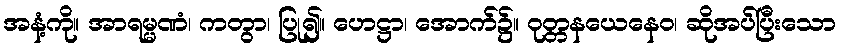
အနံ့ကို။ အာရမ္မဏံ၊ ကတွာ၊ ပြု၍။ ဟေဋ္ဌာ၊ အောက်၌။ ဝုတ္တနယေနေဝ၊ ဆိုအပ်ပြီးသော